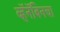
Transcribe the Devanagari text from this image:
व्हॅनॅबिनचा